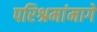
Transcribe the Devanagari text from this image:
परिश्रमांमागे